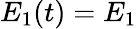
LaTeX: E_{1}(t)=E_{1}